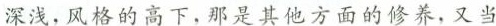
深浅，风格的高下，那是其他方面的修养，又当